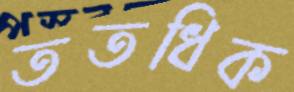
ততধিক